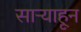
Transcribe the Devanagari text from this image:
साऱ्याहून